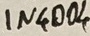
Text: IN4004